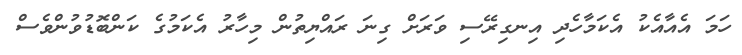
ހަމަ އެއާއެކު އެކަމާހެދި އިނގިރޭސި ވަރަށް ގިނަ ރައްޔިތުން މިހާރު އެކަމުގެ ކަންބޮޑުވުންވެސް